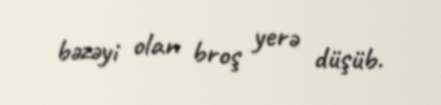
bəzəyi olan broş yerə düşüb.